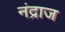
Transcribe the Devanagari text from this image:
नंद्राज